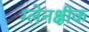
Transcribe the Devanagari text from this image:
ग्लेनक्षीक